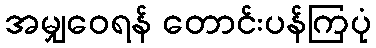
အမျှဝေရန် တောင်းပန်ကြပုံ